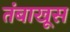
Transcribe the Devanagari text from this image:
तंबाखूस